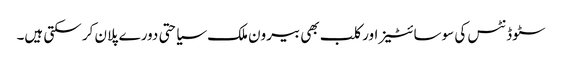
سٹوڈنٹس کی سوسائٹیز اور کلب بھی بیرون ملک سیاحتی دورے پلان کر سکتی ہیں۔